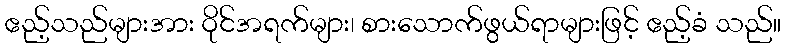
ဧည့်သည်များအား ဝိုင်အရက်များ၊ စားသောက်ဖွယ်ရာများဖြင့် ဧည့်ခံ သည်။